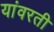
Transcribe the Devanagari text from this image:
यांवरती